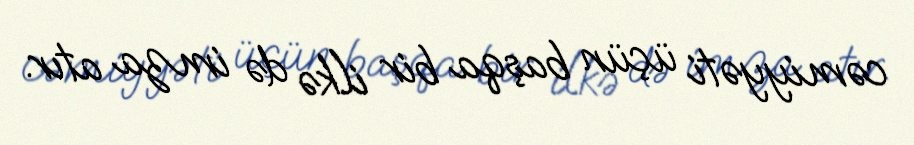
cəmiyyəti üçün başqa bir ilkə də imza atır.